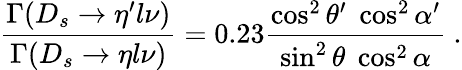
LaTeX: \frac{\Gamma(D_{s}\to\eta^{\prime}l\nu)}{\Gamma(D_{s}\to\eta l\nu)}=0.23\frac{\cos^{2}\theta^{\prime}\; \cos^{2}\alpha^{\prime}}{\sin^{2}\theta\; \cos^{2}\alpha}\ .